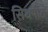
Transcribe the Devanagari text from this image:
सिधपीठ